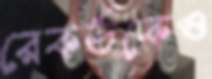
রেকর্ডকেও